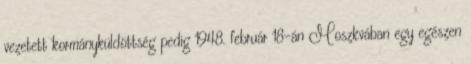
vezetett kormányküldöttség pedig 1948. február 18-án Moszkvában egy egészen